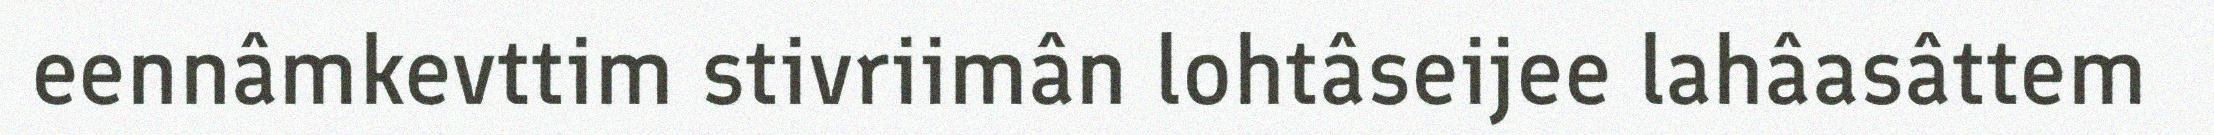
eennâmkevttim stivriimân lohtâseijee lahâasâttem